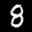
Label: 8